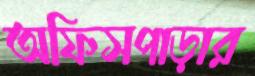
অফিসপাড়ার